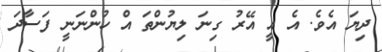
ދިޔަ އެވެ. އެ އީ އޭރު ގިނަ ލިޔުންތަ އް ހުންނަނީ ފަސާދަ